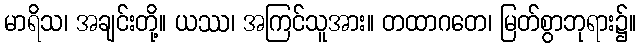
မာရိသ၊ အချင်းတို့။ ယဿ၊ အကြင်သူအား။ တထာဂတေ၊ မြတ်စွာဘုရား၌။